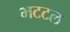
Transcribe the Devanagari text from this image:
भटटल